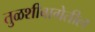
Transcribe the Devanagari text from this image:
तुळशीबागेतील